Lunatic asylums Madras 1877-1891 - 1877-1891
Year: 1877
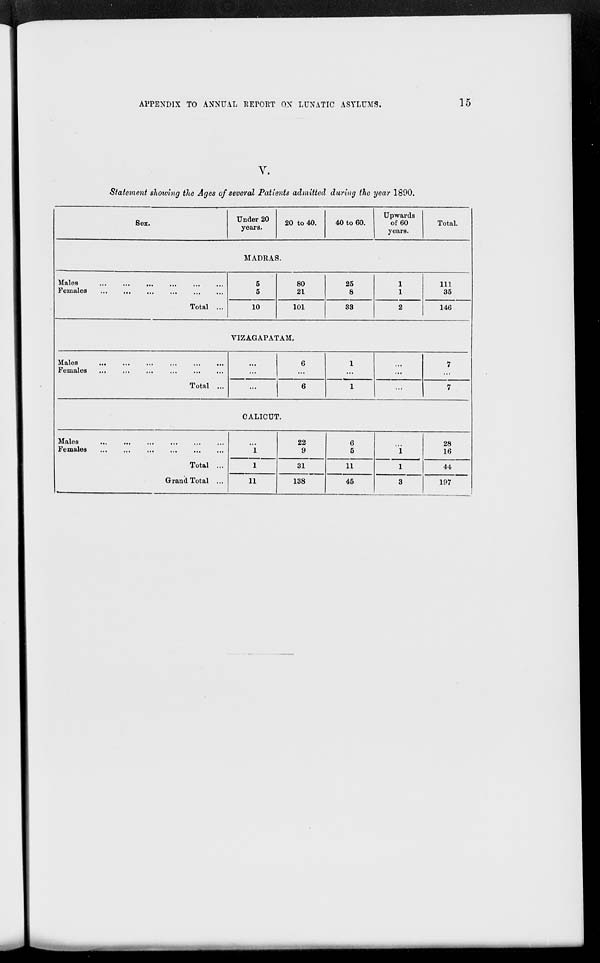
APPENDIX TO ANNUAL REPORT ON LUNATIC ASYLUMS.
15
V.
Statement showing the Ages of several Patients admitted during the year 1890.
Sex.
Under 20
years.
20 to 40.
40 to 60.
Upwards
of 60
years.
Total.
MADRAS.
Males
...
...
...
...
...
...
Females
...
...
...
...
...
...
Total ...
5
5
10
80
21
101
25
8
33
1
1
2
111
35
146
VIZAGAPATAM.
Males
...
...
...
...
...
...
Females
...
...
...
...
...
...
Total ...
...
...
...
6
...
6
1
...
1
...
...
...
7
...
7
CALICUT.
Males
...
...
...
...
...
...
Females
...
...
...
...
...
...
Total ...
Grand Total ...
...
1
1
11
22
9
31
138
6
5
11
45
...
1
1
3
28
16
44
197